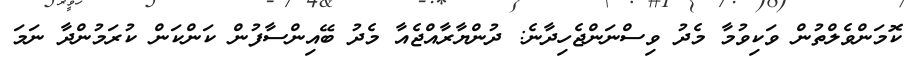
ކޮމަންވެލްތުން ވަކިވުމާ މެދު ވިސްނަންޖެހިދާނެ: ދުންޔާރާއްޖެއާ މެދު ބޭއިންސާފުން ކަންކަން ކުރަމުންދާ ނަމަ